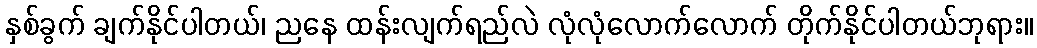
နှစ်ခွက် ချက်နိုင်ပါတယ်၊ ညနေ ထန်းလျက်ရည်လဲ လုံလုံလောက်လောက် တိုက်နိုင်ပါတယ်ဘုရား။